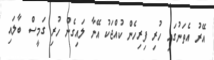
އޭރު އެތަނުގައި ހުރި ފިރިހެން ކުއްޖަކު އޭނާ ލައިގެން ހުރި ގަމީސް ބާލައި